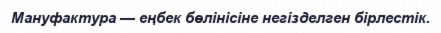
Мануфактура — еңбек бөлінісіне негізделген бірлестік.